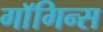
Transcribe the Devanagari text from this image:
गाॅगिन्स